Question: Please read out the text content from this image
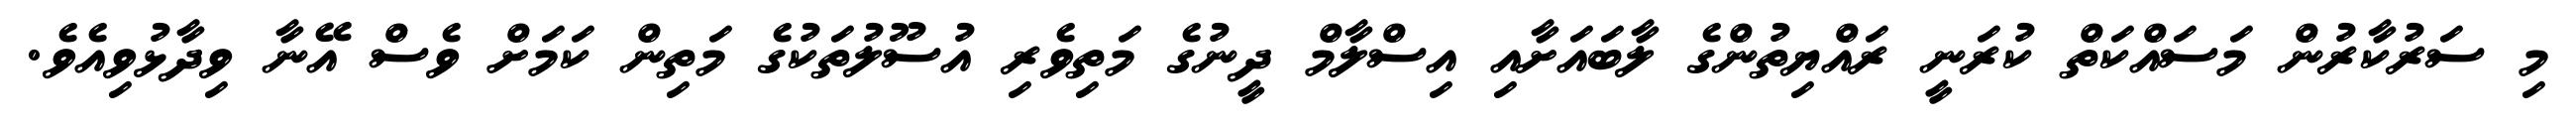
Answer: މި ސަރުކާރުން މަސައްކަތް ކުރަނީ ރައްޔިތުންގެ ލާބައަށާއި އިސްލާމް ދީނުގެ މަތިވެރި އުސޫލުތަކުގެ މަތިން ކަމަށް ވެސް އޭނާ ވިދާޅުވިއެވެ.